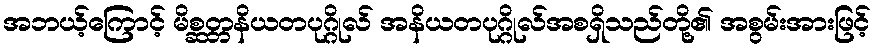
အဘယ့်ကြောင့် မိစ္ဆတ္တနိယတပုဂ္ဂိုလ် အနိယတပုဂ္ဂိုလ်အစရှိသည်တို့၏ အစွမ်းအားဖြင့်